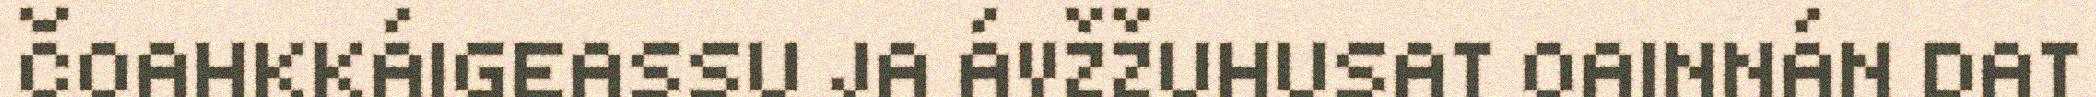
ČOAHKKÁIGEASSU JA ÁVŽŽUHUSAT OAINNÁN DAT